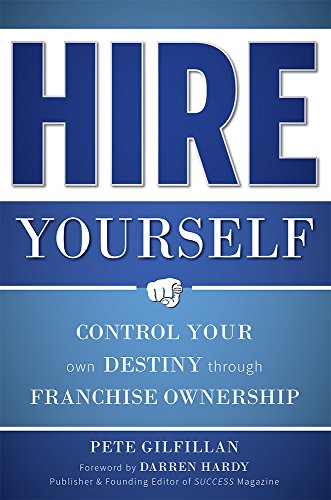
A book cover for Hire Yourself: Control Your Own Destiny through Franchise Ownership; Pete Gilfillan; Business & Money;